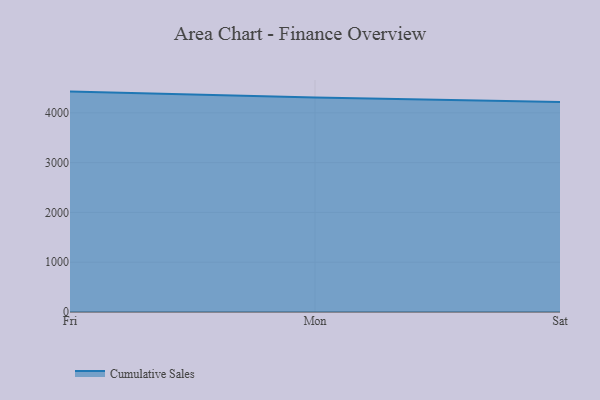
{"axis": {"x": "Day", "y": "Population (Million)"}, "legend": ["Cumulative Sales"], "data": [{"x": "Fri", "y": 4427.1, "type": "Cumulative Sales"}, {"x": "Mon", "y": 4310.9, "type": "Cumulative Sales"}, {"x": "Sat", "y": 4218.5, "type": "Cumulative Sales"}]}